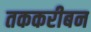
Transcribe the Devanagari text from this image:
तककरीबन